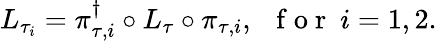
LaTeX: {L}_{\tau_{i}}=\pi_{\tau,i}^{\dagger}\circ{L}_{\tau}\circ\pi_{\tau,i},\ \ \mathrm{~f~o~r~}\ i=1,2.